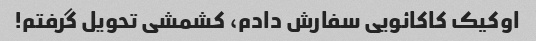
اوکیک کاکائویی سفارش دادم، کشمشی تحویل گرفتم!